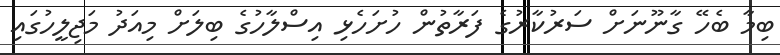
ބިމާ ބެހޭ ގާނޫނަށް ސަރުކާރުގެ ފަރާތުން ހުށަހެޅި އިސްލާހުގެ ބިލަށް މިއަދު މަޖިލީހުގައި